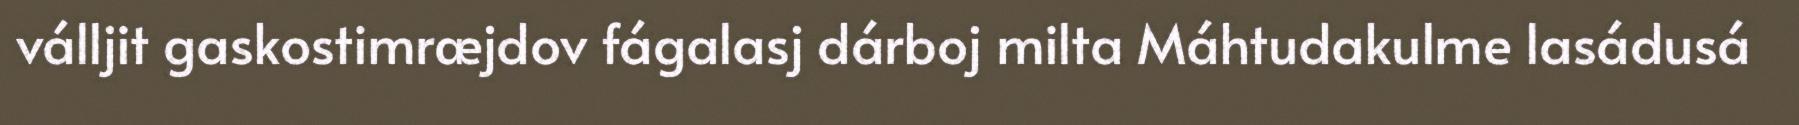
válljit gaskostimræjdov fágalasj dárboj milta Máhtudakulme lasádusá